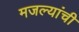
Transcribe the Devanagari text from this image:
मजल्यांची